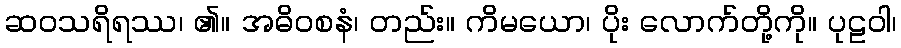
ဆဝသရိရဿ၊ ၏။ အဓိဝစနံ၊ တည်း။ ကိမယော၊ ပိုး လောက်တို့ကို။ ပုဠဝါ၊